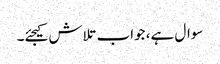
سوال ہے، جواب تلاش کیجئے۔